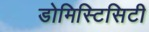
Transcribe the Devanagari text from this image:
डोमिस्टिसिटी